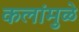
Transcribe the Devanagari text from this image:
कलांमुळे